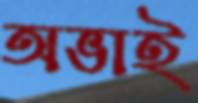
অভাই